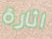
اثارة